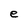
Character: e